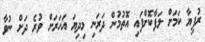
ރުފިޔާ ކަމަށް ލަފާކޮށްފައި އޮތުމުން ދަރަނި މިދިޔަ އަހަރަށް ވުރެ ދަށް ނުވާ